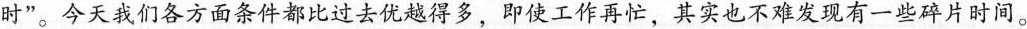
时”。今天我们各方面条件都比过去优越得多，即使工作再忙，其实也不难发现有一些碎片时间。